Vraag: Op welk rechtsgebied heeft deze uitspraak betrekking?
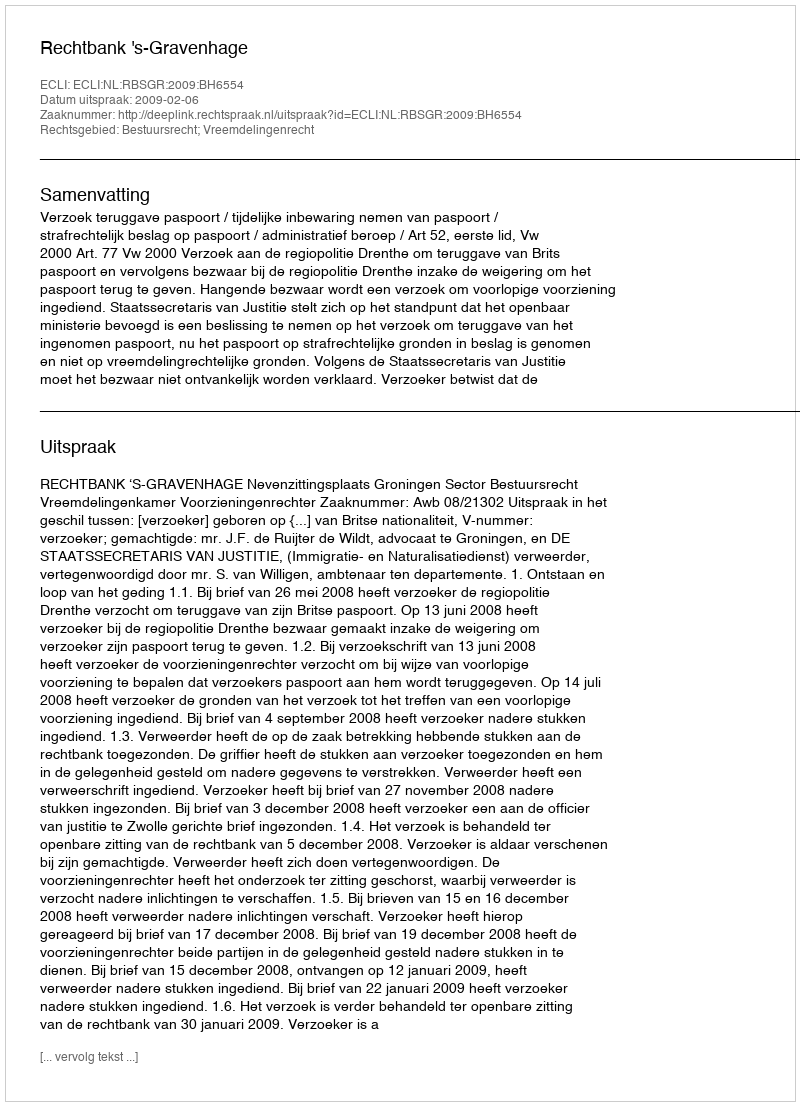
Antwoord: Bestuursrecht; Vreemdelingenrecht